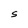
Character: S